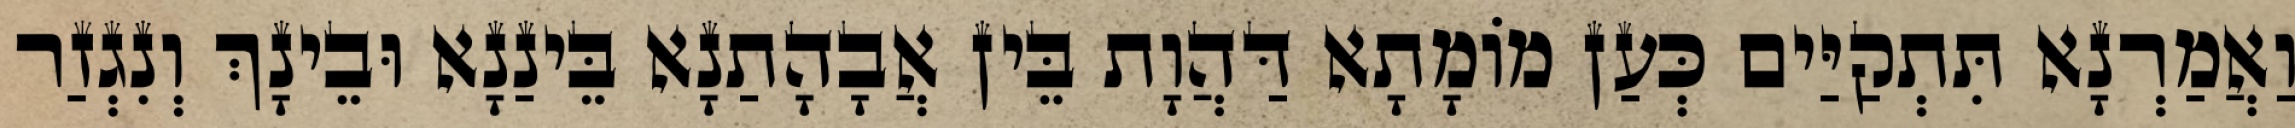
וַאֲמַרְנָא תִּתְקַיַּים כְּעַן מוֹמָתָא דַּהֲוָת בֵּין אֲבָהָתַנָא בֵּינַנָא וּבֵינָךְ וְנִגְזַר